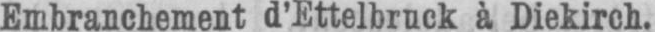
Embranchement d’Ettelbruck à Diekirch.